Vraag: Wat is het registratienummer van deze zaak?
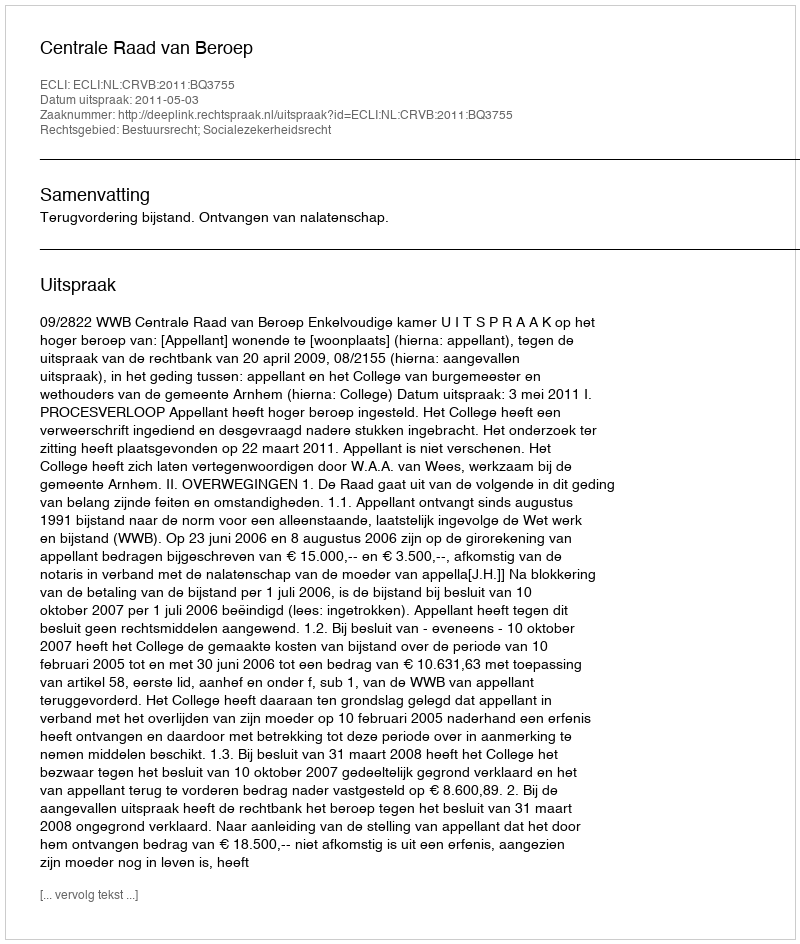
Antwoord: http://deeplink.rechtspraak.nl/uitspraak?id=ECLI:NL:CRVB:2011:BQ3755